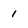
Character: 1